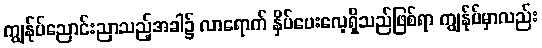
ကျွန်ုပ်ညောင်းညာသည့်အခါ၌ လာရောက် နှိပ်ပေးလေ့ရှိသည်ဖြစ်ရာ ကျွန်ုပ်မှာလည်း